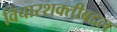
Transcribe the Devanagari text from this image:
विचारशक्तीबद्दल